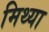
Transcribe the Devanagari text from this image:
मिथ्‍या